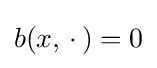
b(x,\,\cdot \,)=0